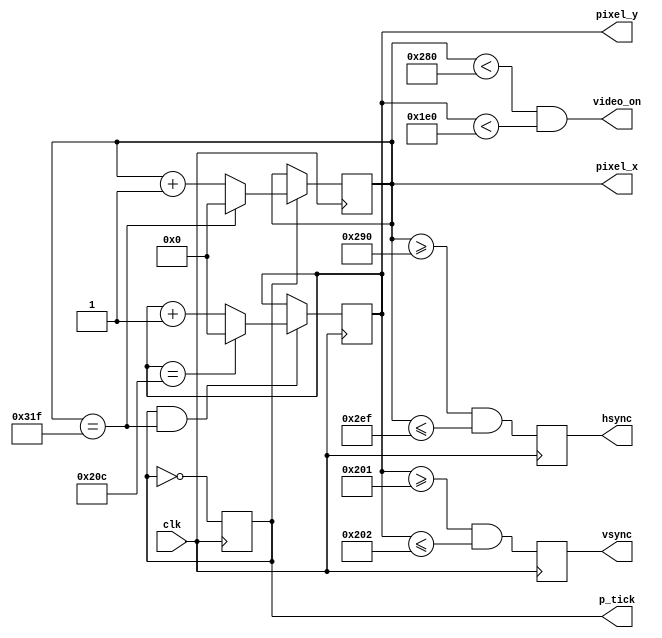
module vga_sync(
  input wire clk,
  
    output wire hsync, vsync, video_on, p_tick,
    output wire [9:0] pixel_x, pixel_y
   );

   // constant declaration
   // VGA 640-by-480 sync parameters
   localparam HD = 640; // horizontal display area
   localparam HF = 48 ; // h. front (left) border
   localparam HB = 16 ; // h. back (right) border
   localparam HR = 96 ; // h. retrace
   localparam VD = 480; // vertical display area
   localparam VF = 10;  // v. front (top) border
   localparam VB = 33;  // v. back (bottom) border
   localparam VR = 2;   // v. retrace
  
  
   // sync counters
   reg [9:0] h_count_reg, h_count_next;
   reg [9:0] v_count_reg, v_count_next;
   // output buffer
   reg v_sync_reg, h_sync_reg;
   wire v_sync_next, h_sync_next;
   // status signal
   wire h_end, v_end;// pixel_tick;

   // body
   // registers
   always @(posedge clk) begin
            v_count_reg <= v_count_next;
            h_count_reg <= h_count_next;
            v_sync_reg <= v_sync_next;
            h_sync_reg <= h_sync_next;
         end
  
  //Esto de aqui se encarga de realizar el divisor de frecuencia
  reg count;
  always@(posedge clk) count = ~count;
  wire en4 = count;

   // status signals
   // end of horizontal counter (799)
   assign h_end = (h_count_reg==(HD+HF+HB+HR-1));
   // end of vertical counter (524)
   assign v_end = (v_count_reg==(VD+VF+VB+VR-1));

   // next-state logic of mod-800 horizontal sync counter
   always @*
      if (en4)  // 25 MHz pulse
         if (h_end)
            h_count_next = 0;
         else
            h_count_next = h_count_reg + 1;
      else
         h_count_next = h_count_reg;

   // next-state logic of mod-525 vertical sync counter
   always @*
      if (en4 & h_end)
         if (v_end)
            v_count_next = 0;
         else
            v_count_next = v_count_reg + 1;
      else
         v_count_next = v_count_reg;

   // horizontal and vertical sync, buffered to avoid glitch
   // h_sync_next asserted between 656 and 751
   assign h_sync_next = (h_count_reg>=(HD+HB) &&
                         h_count_reg<=(HD+HB+HR-1));
   // vh_sync_next asserted between 490 and 491
   assign v_sync_next = (v_count_reg>=(VD+VB) &&
                         v_count_reg<=(VD+VB+VR-1));

   // video on/off
   assign video_on = (h_count_reg<HD) && (v_count_reg<VD);

   // output
   assign hsync = h_sync_reg;
   assign vsync = v_sync_reg;
   assign pixel_x = h_count_reg;
   assign pixel_y = v_count_reg;
   assign p_tick = en4;

endmodule